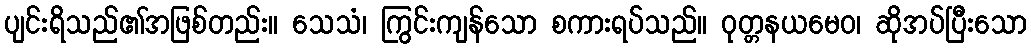
ပျင်းရိသည်၏အဖြစ်တည်း။ သေသံ၊ ကြွင်းကျန်သော စကားရပ်သည်။ ဝုတ္တနယမေဝ၊ ဆိုအပ်ပြီးသော